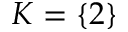
K = \{ 2 \}